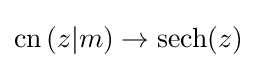
\operatorname {cn} \left(z|m\right)\to \operatorname {sech} (z)